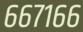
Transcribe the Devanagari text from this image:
६६७१६६